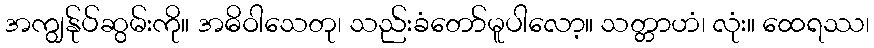
အကျွန်ုပ်ဆွမ်းကို။ အဓိဝါသေတု၊ သည်းခံတော်မူပါလော့။ သတ္တာဟံ၊ လုံး။ ထေရဿ၊